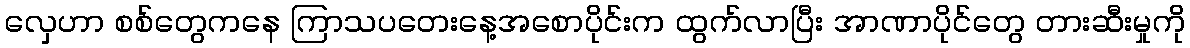
လှေဟာ စစ်တွေကနေ ကြာသပတေးနေ့အစောပိုင်းက ထွက်လာပြီး အာဏာပိုင်တွေ တားဆီးမှုကို